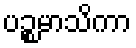
ပဉ္စမာသိကာ